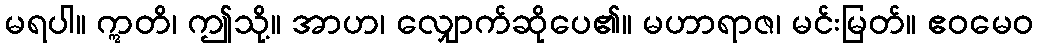
မရပါ။ ဣတိ၊ ဤသို့။ အာဟ၊ လျှောက်ဆိုပေ၏။ မဟာရာဇ၊ မင်းမြတ်။ ဧဝမေဝ